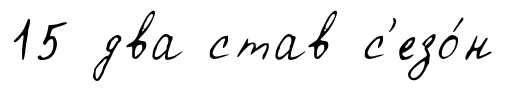
15 два став с'езо́н